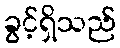
ခွင့်ရှိသည်